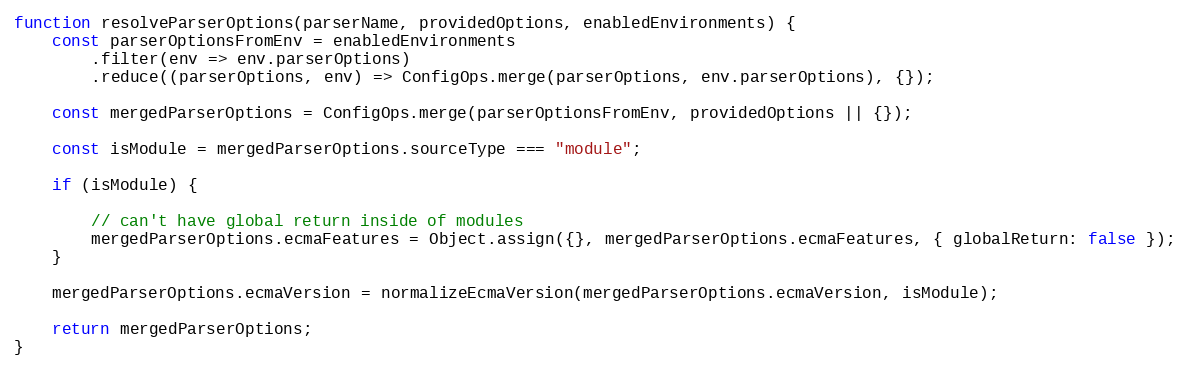
Language: JavaScript
function resolveParserOptions(parserName, providedOptions, enabledEnvironments) {
    const parserOptionsFromEnv = enabledEnvironments
        .filter(env => env.parserOptions)
        .reduce((parserOptions, env) => ConfigOps.merge(parserOptions, env.parserOptions), {});

    const mergedParserOptions = ConfigOps.merge(parserOptionsFromEnv, providedOptions || {});

    const isModule = mergedParserOptions.sourceType === "module";

    if (isModule) {

        // can't have global return inside of modules
        mergedParserOptions.ecmaFeatures = Object.assign({}, mergedParserOptions.ecmaFeatures, { globalReturn: false });
    }

    mergedParserOptions.ecmaVersion = normalizeEcmaVersion(mergedParserOptions.ecmaVersion, isModule);

    return mergedParserOptions;
}